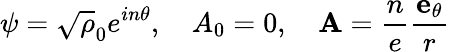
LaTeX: \psi=\sqrt\rho_{0}e^{in\theta},\quad A_{0}=0,\quad{\mathbf A}=\frac{n}{e}\frac{{\mathbf e}_{\theta}}{r}